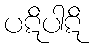
ပဋိပါဋိ